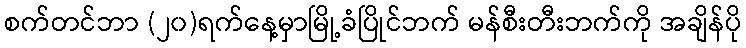
စက်တင်ဘာ (၂၀)ရက်နေ့မှာမြို့ခံပြိုင်ဘက် မန်စီးတီးဘက်ကို အချိန်ပို